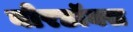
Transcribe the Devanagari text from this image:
बोरडॉक्स